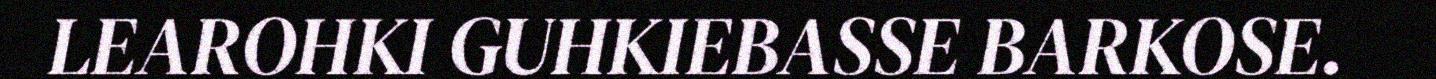
LEAROHKI GUHKIEBASSE BARKOSE.